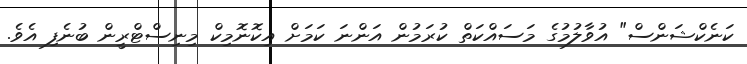
ކަނެކްޝަންސް" އުވާލުމުގެ މަސައްކަތް ކުރަމުން އަންނަ ކަމަށް އިކޮނޮމިކް މިނިސްޓްރީން ބުނެފި އެވެ.